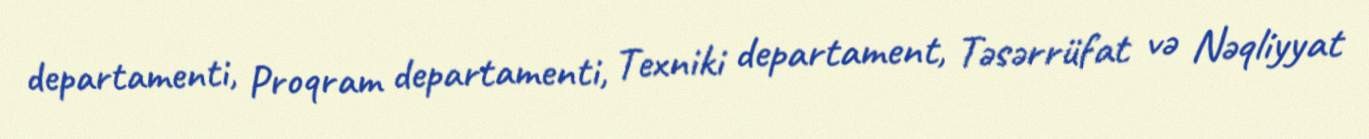
departamenti, Proqram departamenti, Texniki departament, Təsərrüfat və Nəqliyyat